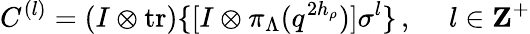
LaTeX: C^{(l)}=(I\otimes\mathrm{tr})\{ [I\otimes\pi_{\Lambda}(q^{2h_{\rho}})]\sigma^{l}\} \, ,~~~~~l\in{\mathbf Z}^{+}